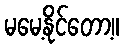
မမေ့နိုင်တော့။